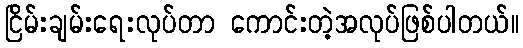
ငြိမ်းချမ်းရေးလုပ်တာ ကောင်းတဲ့အလုပ်ဖြစ်ပါတယ်။